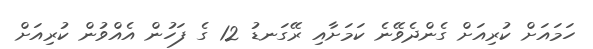
ހަމައަށް ކުރިއަށް ގެންދެވޭނެ ކަމަށާއި ރޭގަނޑު 12 ގެ ފަހުން އެއްވުން ކުރިއަށް